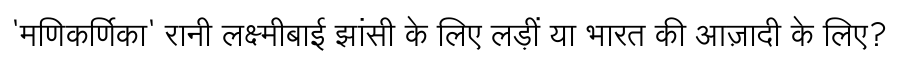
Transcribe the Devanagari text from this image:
'मणिकर्णिका' रानी लक्ष्मीबाई झांसी के लिए लड़ीं या भारत की आज़ादी के लिए?